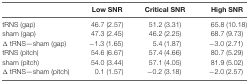
|  | Low SNR | Critical SNR | High SNR |
 | --- | --- | --- | --- |
 | tRNS (gap) | 46.7 (2.57) | 51.2 (3.31) | 65.8 (10.18) |
 | sham (gap) | 47.3 (2.45) | 46.2 (2.25) | 68.7 (9.73) |
 | Δ tRNS—sham (gap) | −1.3 (1.65) | 5.4 (1.87) | −3.0 (2.71) |
 | tRNS (pitch) | 54.6 (6.67) | 57.4 (4.66) | 80.7 (5.29) |
 | sham (pitch) | 54.0 (3.44) | 57.1 (4.05) | 81.9 (5.02) |
 | Δ tRNS—sham (pitch) | 0.1 (1.57) | −0.2 (3.18) | −2.0 (2.57) |